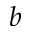
b